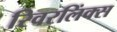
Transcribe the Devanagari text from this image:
रिवरलिंक्स